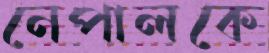
নেপালকে